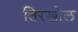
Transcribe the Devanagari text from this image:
तिरखोल